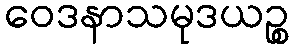
ဝေဒနာသမုဒယဉ္စ